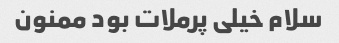
سلام خیلی پرملات بود ممنون